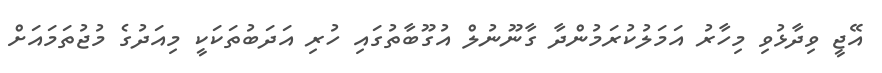
އޭޖީ ވިދާޅުވި މިހާރު އަމަލުކުރަމުންދާ ގާނޫނުލް އުގޫބާތުގައި ހުރި އަދަބުތަކަކީ މިއަދުގެ މުޖުތަމައަށް